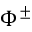
\Phi ^ { \pm }